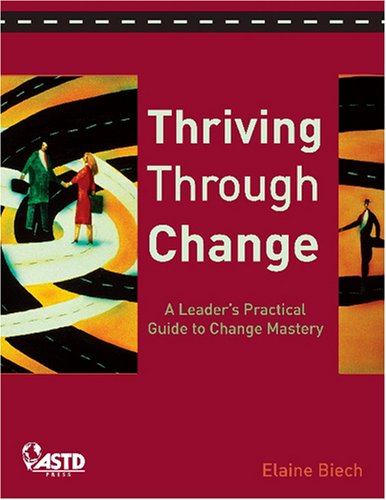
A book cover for Thriving Through Change: A Leader's Practical Guide to Change Mastery; Elaine Biech; Business & Money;